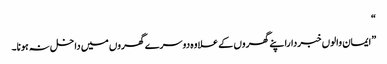
“
”ایمان والوں خبرداراپنے گھروں کے علاوہ دوسرے گھروں میں داخل نہ ہونا۔